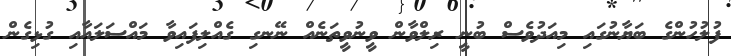
ފުލުހުންގެ ބަޔާނުގައި މިއަދުވެސް ބުނީ ރިލްވާން ވީނުވީތަނެއް ނޭނގި ގެއްލިފައިވާ މައްސަލައާއި ގުޅިގެން